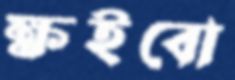
ক্ষইবো